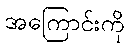
အကြောင်းကို